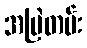
အမြဲတမ်း